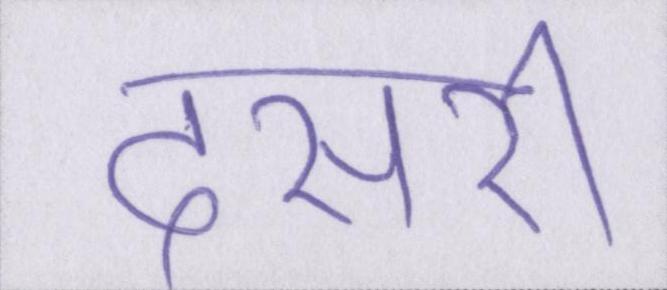
दसरी